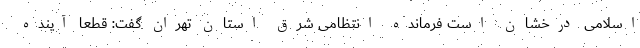
اسلامی درخشان است فرمانده انتظامی شرق استان تهران گفت: قطعا آینده